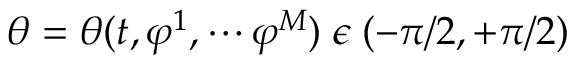
\theta = \theta ( t , \varphi ^ { 1 } , \cdots \varphi ^ { M } ) \; \epsilon \; ( - \pi / 2 , + \pi / 2 )